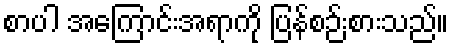
စာပါ အကြောင်းအရာကို ပြန်စဉ်းစားသည်။